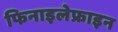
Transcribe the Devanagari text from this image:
फिनाइलेफ्राइन